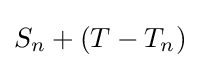
S_{n}+(T-T_{n})